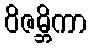
ဝိဇမ္ဘိကာ